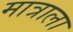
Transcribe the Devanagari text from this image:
मात्राला